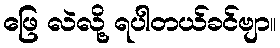
ဖြေ လဲလို့ ရပါတယ်ခင်ဗျာ။